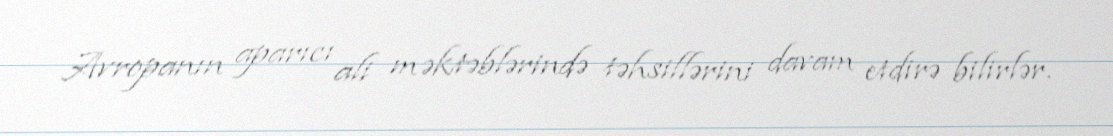
Avropanın aparıcı ali məktəblərində təhsillərini davam etdirə bilirlər.